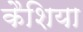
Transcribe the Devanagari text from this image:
कैशिया